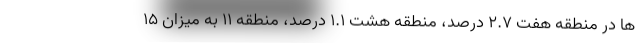
ها در منطقه هفت ۲.۷ درصد، منطقه هشت ۱.۱ درصد، منطقه ۱۱ به میزان ۱۵